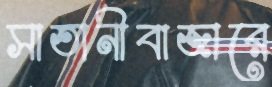
সাতানীবাজারে